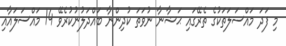
މި ފަދަ މައްސަލަތަކުގެ ތެރޭގައި ޙަޟާނާ ނުވަތަ ކުދިންނާ ބައްދަލުނުކުރެވޭ 14 މައްސަލައާއި